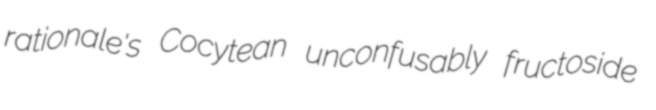
rationale's Cocytean unconfusably fructoside